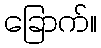
ခြောက်။